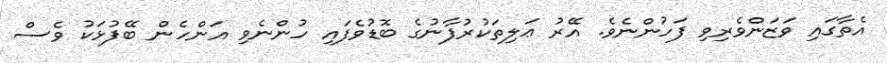
އެތާގައި ވަޒަންވެރިވި ފަހުންނެވެ. އޭރު ޢަލިތަކުރުފާނުގެ ބޮޑުވެފައި ހުންނެވި އަންހެން ބޭފުޅަކު ވެސް